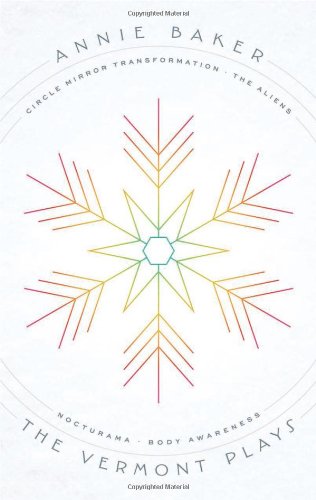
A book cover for The Vermont Plays: Four Plays; Annie Baker; Literature & Fiction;